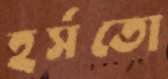
হর্সতো